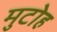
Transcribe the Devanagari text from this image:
मुटोह